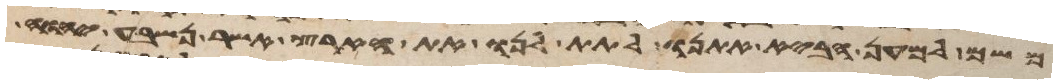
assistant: משם למען הביא אתנו לתת לנו את הארץ אשר נשבע יהוה